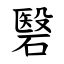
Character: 䃜